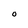
Character: O